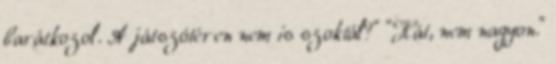
barátkozol. A játszótéren nem is szoktál?" "Hát, nem nagyon."